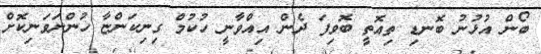
ބޯން އުޅުނު ބޮނޑި ތިއޮތީ ބޮވިފަ ދެން އިއްވާނީ ހުކުމް ގިނިކަންޏާ ހުންނަވަނިކޮށް